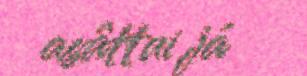
asâttui já